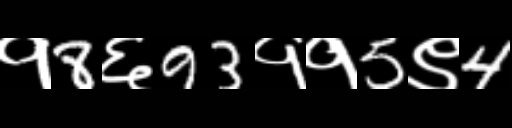
Text: १8६93११5९4